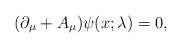
\begin{align*}(\partial_\mu+ A_\mu)\psi(x;\lambda)=0,\end{align*}